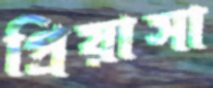
প্রিয়াসা